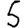
Digit: 5